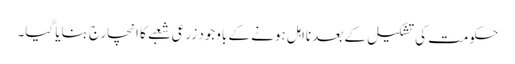
حکومت کی تشکیل کے بعد نااہل ہونے کے باوجود زرعی شعبے کا انچارج بنایا گیا۔